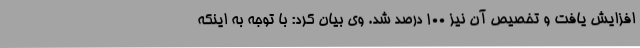
افزایش یافت و تخصیص آن نیز 100 درصد شد. وی بیان کرد: با توجه به اینکه